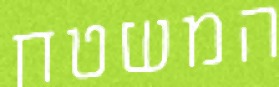
המשטח